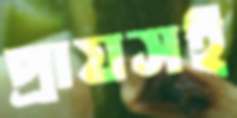
প্রায়সই